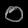
Digit: ၀